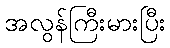
အလွန်ကြီးမားပြီး